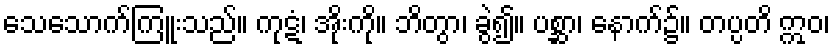
သေသောက်ကြူးသည်။ ကုဋံ၊ အိုးကို။ ဘိတွာ၊ ခွဲ၍။ ပစ္ဆာ၊ နောက်၌။ တပ္ပတိ ဣဝ၊